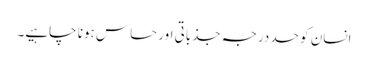
انسان کو حد درجہ جذباتی اور حساس ہونا چاہیے۔